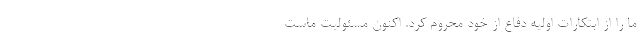
ما را از ابتکارات اولیه دفاع از خود محروم کرد. اکنون مسئولیت ماست